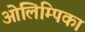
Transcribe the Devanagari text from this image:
ओलिम्पिका